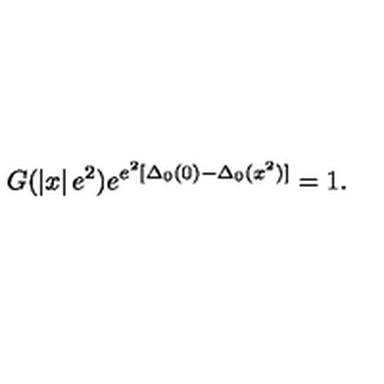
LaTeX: G ( \left| x \right| e ^ { 2 } ) e ^ { e ^ { 2 } [ \Delta _ { 0 } ( 0 ) - \Delta _ { 0 } ( x ^ { 2 } ) ] } = 1 .